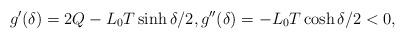
LaTeX: \begin{align*}g'(\delta) = 2Q-L_0T\sinh \delta/2, g''(\delta) = -L_0T\cosh \delta /2 < 0,\end{align*}